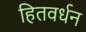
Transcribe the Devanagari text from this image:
हितवर्धन